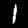
Label: 1